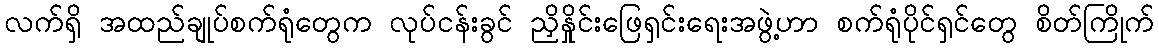
လက်ရှိ အထည်ချုပ်စက်ရုံတွေက လုပ်ငန်းခွင် ညှိနှိုင်းဖြေရှင်းရေးအဖွဲ့ဟာ စက်ရုံပိုင်ရှင်တွေ စိတ်ကြိုက်